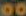
00